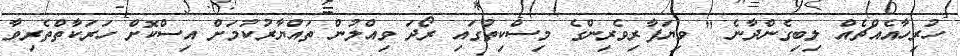
ހުރިހާއެއްޗެއް ލިބިގެންދާނެ " ވިޔަފާރިވެރިންގެ މިސްކިތުގައި ރޯދަ ވިއްލުން ތައްޔާރުކުމަށް އިސްކޮށް ހަރަކާތްތެރިވާ